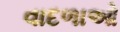
વાદળાઓ